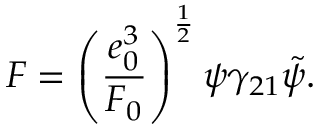
F = \left( \frac { e _ { 0 } ^ { 3 } } { F _ { 0 } } \right) ^ { \frac { 1 } { 2 } } \psi \gamma _ { 2 1 } \tilde { \psi } .